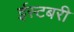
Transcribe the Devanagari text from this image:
ईस्टबरी